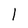
Character: l